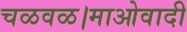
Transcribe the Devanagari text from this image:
चळवळ।माओवादी